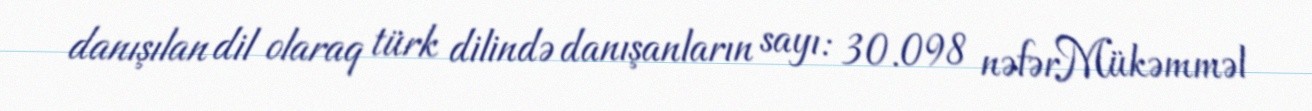
danışılan dil olaraq türk dilində danışanların sayı: 30.098 nəfərMükəmməl